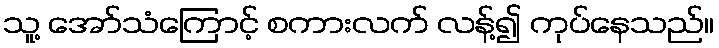
သူ့ အော်သံကြောင့် စကားလက် လန့်၍ ကုပ်နေသည်။